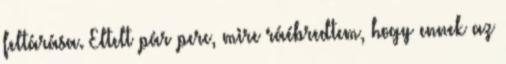
feltárása. Eltelt pár perc, mire ráébredtem, hogy ennek az